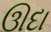
ઊદા